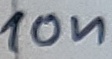
Text: 10n